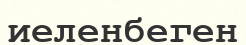
иеленбеген